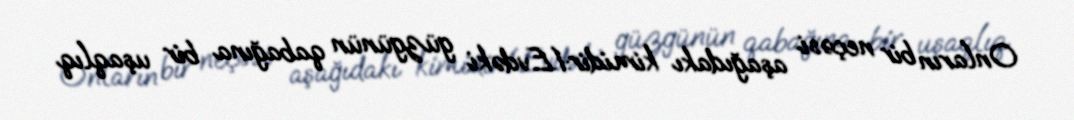
Onların bir neçəsi aşağıdakı kimidir:1.Evdəki güzgünün qabağına bir uşaqlıq